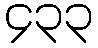
၄၃၃